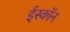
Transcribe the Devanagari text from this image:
ईस्काॅन